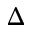
\Delta